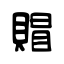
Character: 賵